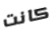
كانت